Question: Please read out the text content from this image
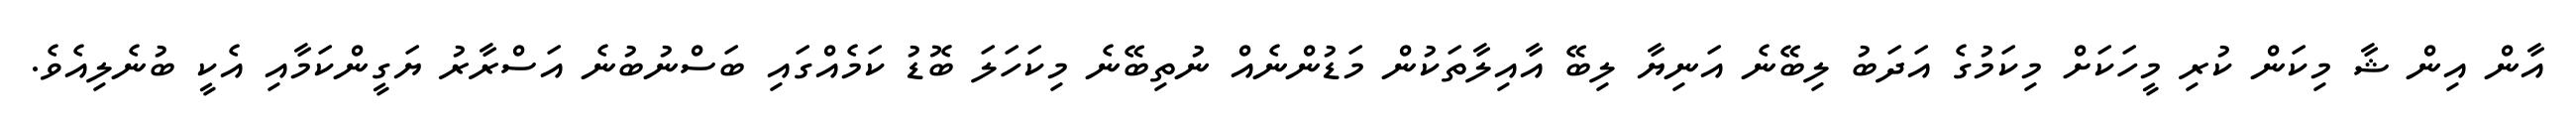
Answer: އާން އިން ޝާ މިކަން ކުރި މީހަކަށް މިކަމުގެ އަދަބު ލިބޭނެ އަނިޔާ ލިބޭ އާއިލާތަކުން މަޑުންނެއް ނުތިބޭނެ މިކަހަލަ ބޮޑު ކަމެއްގައި ބަސްނުބުނެ އަސްރާރު ޔަގީންކަމާއި އެކީ ބުނެލިއެވެ.